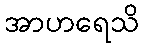
အာဟရေသိ